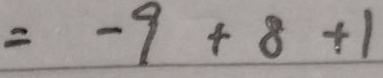
= - 9 + 8 + 1